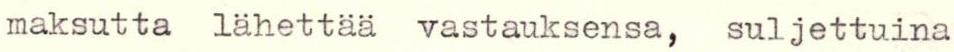
maksutta lähettää vastauksensa, suljettuina